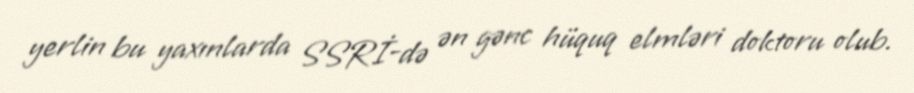
yerlin bu yaxınlarda SSRİ-də ən gənc hüquq elmləri doktoru olub.